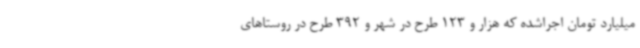
میلیارد تومان اجراشده که هزار و 123 طرح در شهر و 392 طرح در روستاهای